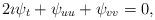
LaTeX: \begin{align*}2 \imath \psi_{t} + \psi_{uu} + \psi_{vv} = 0,\end{align*}